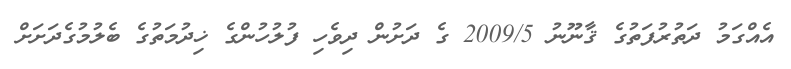
އެއްގަމު ދަތުރުފަތުގެ ޤާނޫނު 2009/5 ގެ ދަށުން ދިވެހި ފުލުހުންގެ ޚިދުމަތުގެ ބެލުމުގެދަށަށް